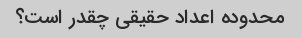
محدوده اعداد حقیقی چقدر است؟